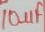
Text: 10µF